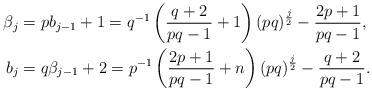
LaTeX: \begin{align*}\beta_j&=pb_{j-1}+1=q^{-1}\left(\frac{q+2}{pq-1}+1\right)(pq)^{\frac{j}{2}}-\frac{2p+1}{pq-1},\\b_j&=q\beta_{j-1}+2=p^{-1}\left(\frac{2p+1}{pq-1}+n\right)(pq)^{\frac{j}{2}}-\frac{q+2}{pq-1}.\end{align*}